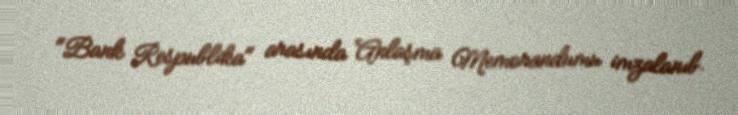
"Bank Respublika" arasında Anlaşma Memorandumu imzalanıb.